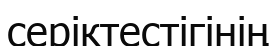
серіктестігінің